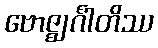
ဗောဇ္ဈင်္ဂါတိဿ